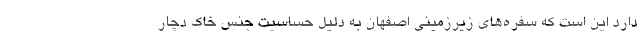
دارد این است که سفره‌های زیرزمینی اصفهان به دلیل حساسیت جنس خاک دچار